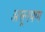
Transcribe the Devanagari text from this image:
असूनपण